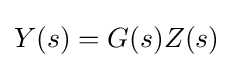
Y(s)=G(s)Z(s)